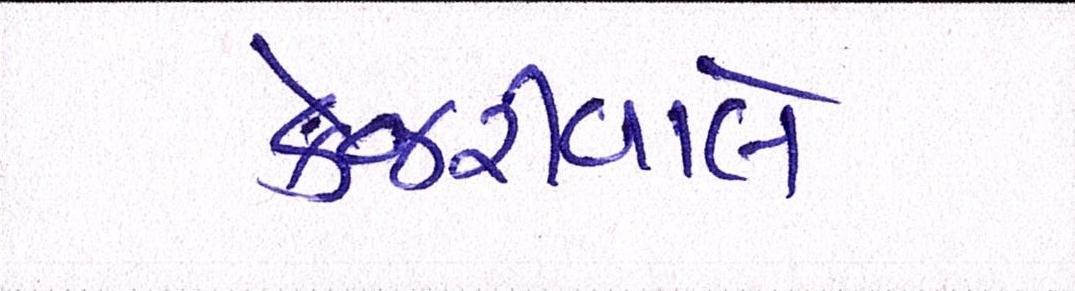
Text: કેજરીવાલે